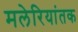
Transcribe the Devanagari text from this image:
मलेरियांतक